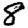
Digit: 8